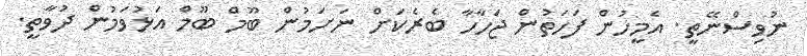
ނުވިސްނޭތީ. އެމީހުން ފަހަތުން ޖަހާހާ ބެރެކަށް ނަށަމުން ބޫމް ބޫމް އަޅުވަމުން ދުވާތީ.